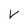
Character: V